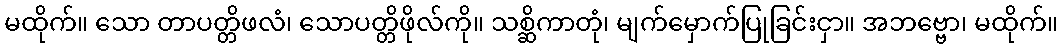
မထိုက်။ သော တာပတ္တိဖလံ၊ သောပတ္တိဖိုလ်ကို။ သစ္ဆိကာတုံ၊ မျက်မှောက်ပြုခြင်းငှာ။ အဘဗ္ဗော၊ မထိုက်။